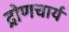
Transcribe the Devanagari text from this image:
द्रोणचार्य